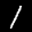
Label: 1